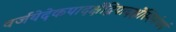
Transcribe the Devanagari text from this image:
वर्जयेदेकपादर्क्षेद्विपादर्क्षेस्थिसंचयं